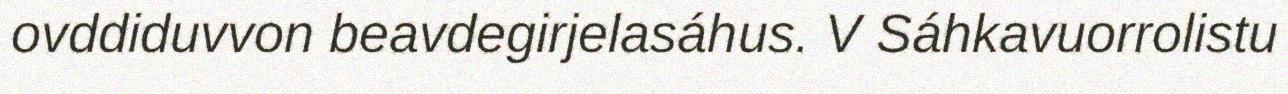
ovddiduvvon beavdegirjelasáhus. V Sáhkavuorrolistu